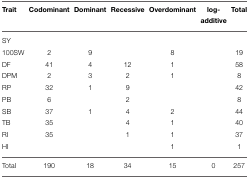
| Trait | Codominant | Dominant | Recessive | Overdominant | log-additive | Total |
 | --- | --- | --- | --- | --- | --- | --- |
 | SY |  |  |  |  |  |  |
 | 100SW | 2 | 9 |  | 8 |  | 19 |
 | DF | 41 | 4 | 12 | 1 |  | 58 |
 | DPM | 2 | 3 | 2 | 1 |  | 8 |
 | RP | 32 | 1 | 9 |  |  | 42 |
 | PB | 6 |  | 2 |  |  | 8 |
 | SB | 37 | 1 | 4 | 2 |  | 44 |
 | TB | 35 |  | 4 | 1 |  | 40 |
 | RI | 35 |  | 1 | 1 |  | 37 |
 | HI |  |  |  | 1 |  | 1 |
 | Total | 190 | 18 | 34 | 15 | 0 | 257 |